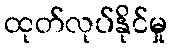
ထုတ်လုပ်နိုင်မှု